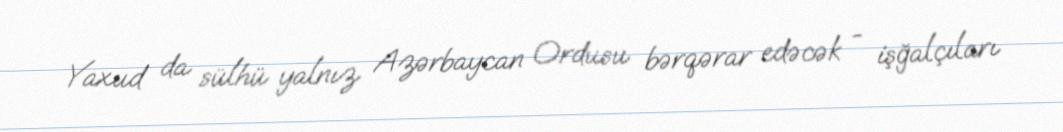
Yaxud da sülhü yalnız Azərbaycan Ordusu bərqərar edəcək - işğalçıları